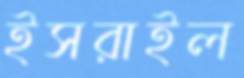
ইসরাইল